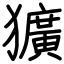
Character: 獷